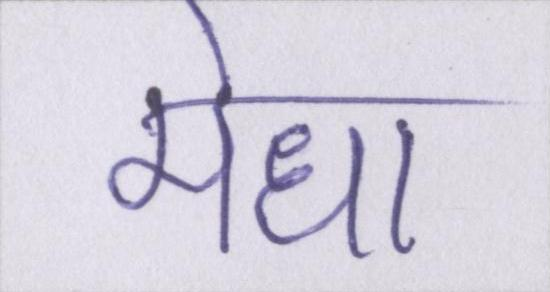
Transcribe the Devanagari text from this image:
मेधा